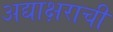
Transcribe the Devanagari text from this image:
अद्याक्षराची